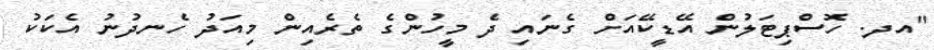
"އދ. ހޮސްޕިޓަލުން އޭޑީކޭއަށް ގެނައި ދެ މީހުންގެ ތެރެއިން މިއަދު ހެނދުނު އެކަކު